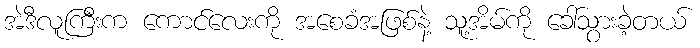
အဲဒီလူကြီးက ကောင်လေးကို အစေခံအဖြစ်နဲ့ သူ့အိမ်ကို ခေါ်သွားခဲ့တယ်